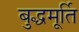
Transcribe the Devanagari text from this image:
बुद्धमूर्ति